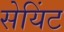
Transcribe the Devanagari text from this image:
सेयिंट